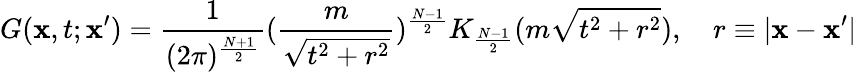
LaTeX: G(\mathbf{x},t;\mathbf{x}^{\prime})=\frac{1}{(2\pi)^{\frac{N+1}{2}}}(\frac{m}{\sqrt{t^{2}+r^{2}}})^{\frac{N-1}{2}}K_{\frac{N-1}{2}}(m\sqrt{t^{2}+r^{2}}),\quad r\equiv|\mathbf{x}-\mathbf{x}^{\prime}|